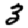
Digit: 3